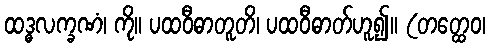
ထဒ္ဓလက္ခဏံ၊ ကို။ ပထဝီဓာတူတိ၊ ပထဝီဓာတ်ဟူ၍။ (တတ္ထေဝ၊